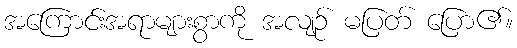
အကြောင်းအရာများစွာကို အလျဉ် မပြတ် ပြော၏။